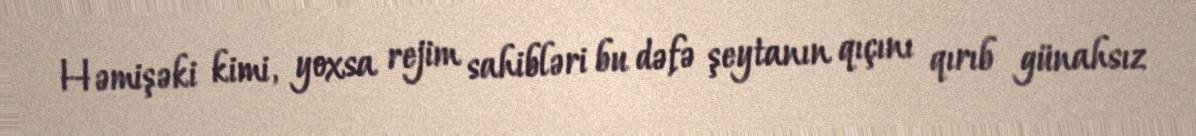
Həmişəki kimi, yoxsa rejim sahibləri bu dəfə şeytanın qıçını qırıb günahsız